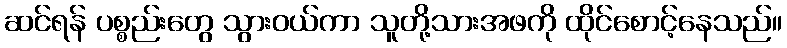
ဆင်ရန် ပစ္စည်းတွေ သွားဝယ်ကာ သူတို့သားအဖကို ထိုင်စောင့်နေသည်။